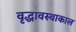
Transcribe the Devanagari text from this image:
वृद्धावस्थाकाल